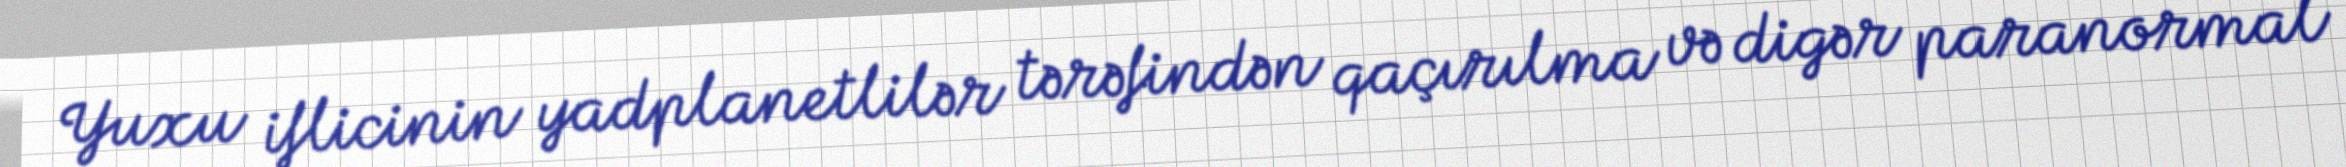
Yuxu iflicinin yadplanetlilər tərəfindən qaçırılma və digər paranormal